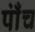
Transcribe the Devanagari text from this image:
पाँंच